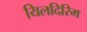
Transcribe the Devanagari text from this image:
यिलदिरिम